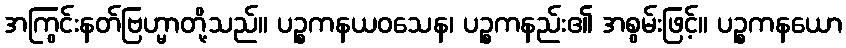
အကြွင်းနတ်ဗြဟ္မာတို့သည်။ ပဉ္စကနယဝသေန၊ ပဉ္စကနည်း၏ အစွမ်းဖြင့်။ ပဉ္စကနယော